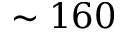
\sim 1 6 0